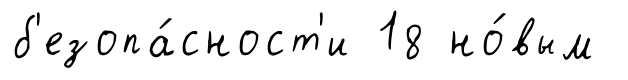
б'езопа́сност'и 18 но́вым